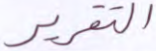
التقرير